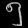
Digit: ၅